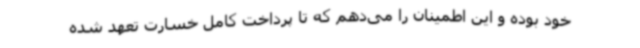
خود بوده و این اطمینان را می‌دهم که تا پرداخت کامل خسارت تعهد شده